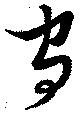
守